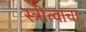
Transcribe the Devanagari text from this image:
स्त्रीत्वाचा